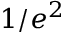
1 / e ^ { 2 }